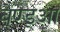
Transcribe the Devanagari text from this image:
बैण्ड्आ